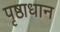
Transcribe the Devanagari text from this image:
पृष्ठाधान